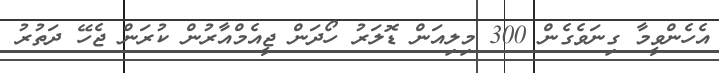
އެހެންވީމާ ގިނަވެގެން 300 މިލިއަން ޑޮލަރު ހޯދަން ޖީއެމްއާރުން ކުރަން ޖެހޭ ދަތުރު